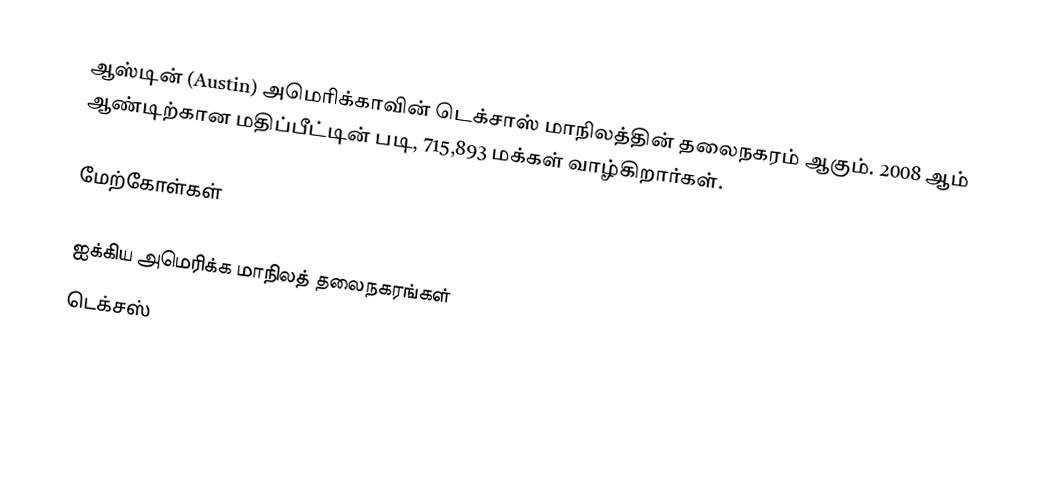
ஆஸ்டின் (Austin) அமெரிக்காவின் டெக்சாஸ் மாநிலத்தின் தலைநகரம் ஆகும். 2008 ஆம் ஆண்டிற்கான மதிப்பீட்டின் படி, 715,893 மக்கள் வாழ்கிறார்கள்.

மேற்கோள்கள்

ஐக்கிய அமெரிக்க மாநிலத் தலைநகரங்கள்
டெக்சஸ்